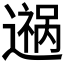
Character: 𬩎